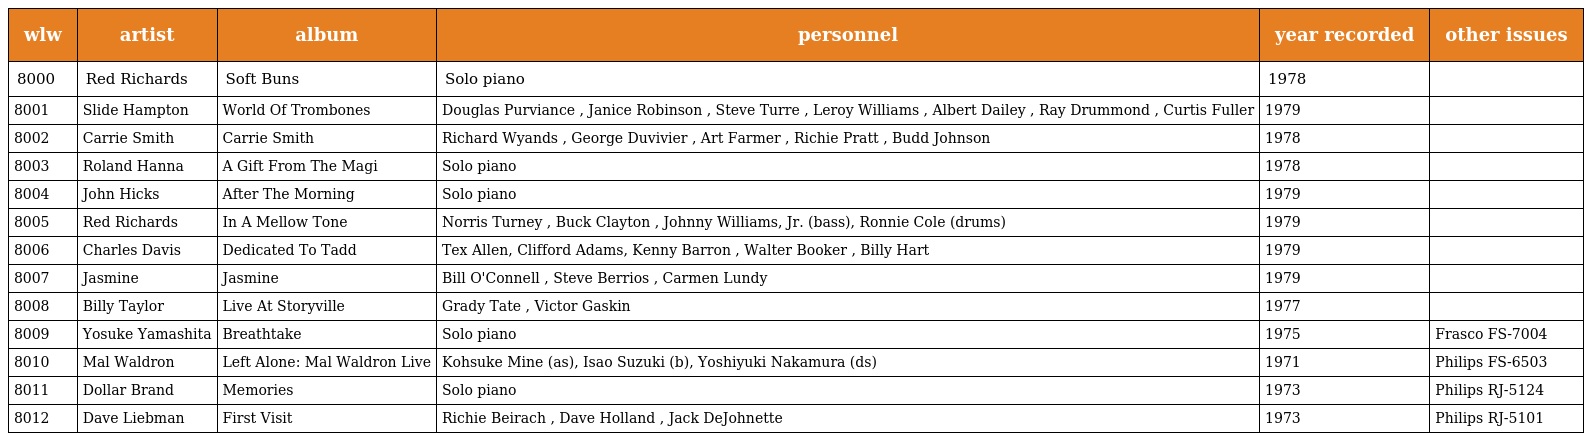
| wlw | artist | album | personnel | year recorded | other issues |
 | --- | --- | --- | --- | --- | --- |
 | 8000 | Red Richards | Soft Buns | Solo piano | 1978 |  |
 | 8001 | Slide Hampton | World Of Trombones | Douglas Purviance , Janice Robinson , Steve Turre , Leroy Williams , Albert Dailey , Ray Drummond , Curtis Fuller | 1979 |  |
 | 8002 | Carrie Smith | Carrie Smith | Richard Wyands , George Duvivier , Art Farmer , Richie Pratt , Budd Johnson | 1978 |  |
 | 8003 | Roland Hanna | A Gift From The Magi | Solo piano | 1978 |  |
 | 8004 | John Hicks | After The Morning | Solo piano | 1979 |  |
 | 8005 | Red Richards | In A Mellow Tone | Norris Turney , Buck Clayton , Johnny Williams, Jr. (bass), Ronnie Cole (drums) | 1979 |  |
 | 8006 | Charles Davis | Dedicated To Tadd | Tex Allen, Clifford Adams, Kenny Barron , Walter Booker , Billy Hart | 1979 |  |
 | 8007 | Jasmine | Jasmine | Bill O'Connell , Steve Berrios , Carmen Lundy | 1979 |  |
 | 8008 | Billy Taylor | Live At Storyville | Grady Tate , Victor Gaskin | 1977 |  |
 | 8009 | Yosuke Yamashita | Breathtake | Solo piano | 1975 | Frasco FS-7004 |
 | 8010 | Mal Waldron | Left Alone: Mal Waldron Live | Kohsuke Mine (as), Isao Suzuki (b), Yoshiyuki Nakamura (ds) | 1971 | Philips FS-6503 |
 | 8011 | Dollar Brand | Memories | Solo piano | 1973 | Philips RJ-5124 |
 | 8012 | Dave Liebman | First Visit | Richie Beirach , Dave Holland , Jack DeJohnette | 1973 | Philips RJ-5101 |